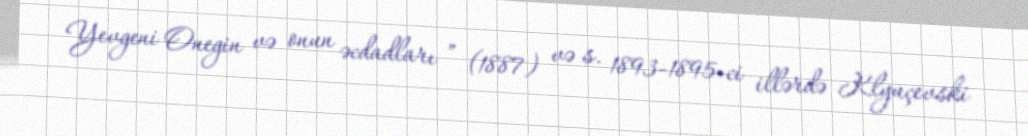
Yevgeni Onegin və onun əcdadları ” (1887) və s. 1893-1895-ci illərdə Klyuçevski